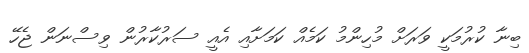
ބިނާ ކުރުމަކީ ވަރަށް މުހިންމު ކަމެއް ކަމަށާއި އެއީ ސަރުކާރުން ވިސްނަން ޖެހޭ